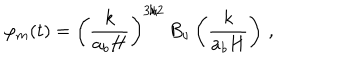
LaTeX: \varphi _ { m } ( t ) = \left( \frac { k } { a _ { b } H } \right) ^ { 3 / 2 } \, B _ { \nu } \left( \frac { k } { a _ { b } H } \right) \, ,